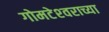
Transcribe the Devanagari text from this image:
गोमटेश्‍वराच्या